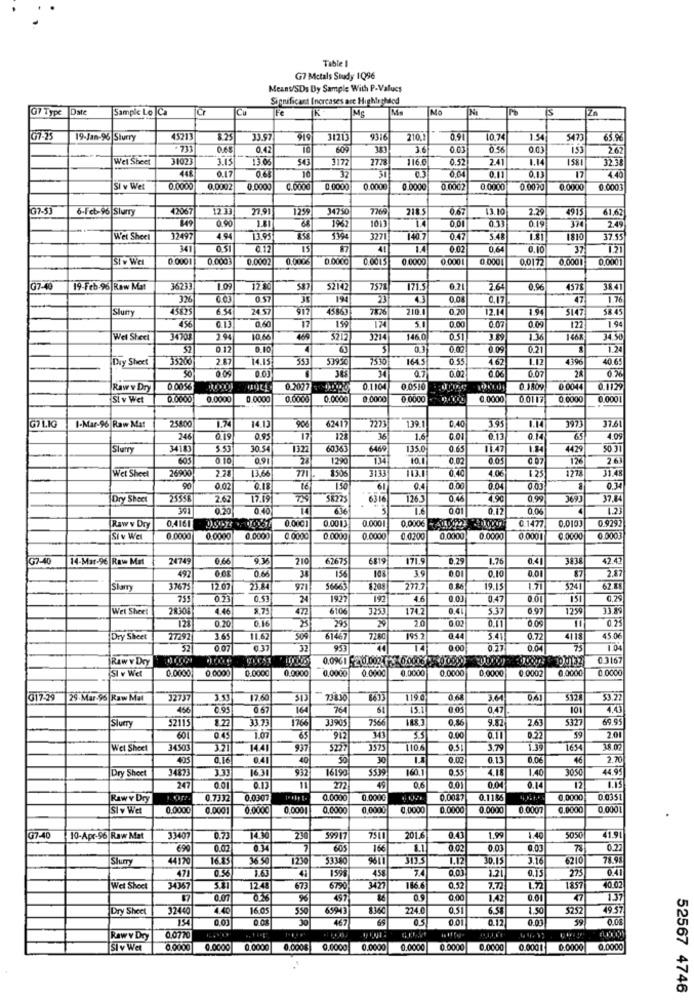
Table 1
G7 Metals Study 1Q96
Meant/SDs Dy Sample With P-Values
Significant Increases are Highestlod
07 Type
Date
Sampic Lo Ca
Cr
ME
NO
IS
Za
07-25
19-Jan-96 Slurry
45213
8.25
919
31213
9316
210,1
0.91
10.74
1.54
5473
65.9
0.68
0.42
TC
609
383
3.6
0.03
0.56
0.03
153
Wet Sheet
31023
3.13
1303
3177
116.0
0.52
2.41
1.14
1581
32.3
0.04
448
0.17
0.64
10
30
0.11
0.13
17
4.40
Si v Wet
0.0000
0,0002
0.0000
0.0000
0.0000
0.0000
0.0000
0.0002
3.0000
0.00 10
0.0000
0.0001
G7-5
6-Fct-96 Slurry
42067
233
1259
34750
7769
2185
6.67
13.10
2.29
4915
61,6;
149
0.90
68
1967
1011
14
001
0.19
314
2.45
Wet Sheet
2497
4.94
13.95
1394
3271
140 7
5.48
1.81
1810
371
341
0.51
0.12
15
87
41
1.4
0 02
0.64
6.10
37
1.21
St w Wet
0.0001
0.000
0.0002
0.000€
0.0000
0.0000
0.000
0.0001
0.0172
0.0001
0,000
G7-40
19-Feb-96 Raw Mat
16233
1.07
17 80
587
52142
7571
171.5
6.21
4378
38.41
326
0.03
194
23
433
0.08
0.17
47
1.76
Slurry
634
24 57
917
7876
210 1
0.20
12.14
1.94
5147
58.45
0.00
4%6
0.13
0.60
17
159
0.07
0.09
122
1.94
Wel Sheet
J4708
294
5212
146.0
031
1.36
1468
34.50
0 12
0.10
63
5
0.3
0.02
0.09
0.21
1.24
Dry Sheet
35200
2.87
14.15
5395℃
1645
055
4.62
1.12
40.65
50
0.02
0.09
Q.7
6.07
28
0.76
Raw v Dry
0 005%
03097
0110
0 0510
0 0044
0.1129
Si v Wet
0.0000
0.000
0,0000
0.0000
0.000€
@ 0000
0.0000
0.0000
00117
0 6000
0.0001
25800
906
"7271
3.95
37.61
G7 LIG
I-Mar-96 Raw Mat
1.74
14.13
62417
139.1
0.40
246
0.19
0.95
17
36
1.6
0.13
0.14
65
4.09
Slutr
34103
5.53
30 54
1322
60363
6469
135.0
0.65
1.8
4429
50 30
605
0.10
0.91
1290
134
10.0
0.02
0.05
@ 07
126
263
2.24
13.66
771
3133
1778
Wet Sheel
26900
4.06
1.25
90
0.02
61
0.4
0.00
0.04
0.00
0.34
Dry Sheet
2.62
17.19
126.
0.46
0,99
37.84
391
0.20
0.40
636
5
1.6
001
0.12
0.06
1.23
0.0001
0,000€
0.9297
(Raw v Dry
0,4161
0.0013
0 1477
0.010
Si v Wet
0.0000
0.0000
0.0000
6.0000
0.0000
0.0000
0.0200
0,0000
0.0000
0 0001
0.0000
0.000
G7-40
14-Mar-96 Raw Met
24749
210
67675
6819
171.9
0.29
1.76
0.41
424
156
108
0.01
0.10
2.87
492
0.60
38
3.9
87
Sharry
3267
12.07
23.24
971
$208
277.7
0.14
19.15
1.71
$241
62.88
735
0.23
0.53
1927
192
4.6
0.01
0.47
0,29
Wel Sheet
28303
4.46
8.75
472
6106
3251
1742
5.37
097
12:59
121
293
10
0.11
0.20
0.16
Dry Sheet
27292
365
11.65
509
61467
7280
195 2
0 44
0.72
4118
45.06
52
0 07
037
32
953
44
0.00
0.77
0.04
75
1.04
Raw v Dry
mest
0.0961 2 0.002. 13 00006 1700000)
0316
SI v Wet
0.0000
0.0000
0.0000
0.0000
0.0000
0.0000
0,0000
0.0000
0.0000
0.0002
6.0000
0.0000
017-29
29.Mar-96| Raw Mat
32737
17.60
119.0
0.68
3.64
0.61
$3.22
456
0.95
6.67
164
764
0 05
0.41
101
4.4
52115
8.22
33.73
1766
33905
7566
0,86
9.87
2.63
5327
69.95
601
1.07
912
35
0.00
0.27
59
2.01
Wet Sheet
34503
321
144
937
3373
110.6
3,79
1.39
1654
405
0.16
041
40
50
30
0.02
0.13
0.06
46
2.70
Dry Sheet
3.33
163
932
16190
3539
0.35
4.18
3050
44.95
247
0.01
0.13
272
49
0.6
0.01
0.04
0.14
12
Raw v Dry
0.7332
0.0007
0.0000
0.0000
0.0037
0.1186
0,0000
0.0351
Si v Wet
0.0000
0.000
0.0000
0,0001
0.000
0,0000
0,0000
0.0000
0.0000
0.0007
6.0000
0.0001
G7-40
10-Apr-96 Raw Mat
33407
0.71
14.30
230
5991
201.
0.43
1.99
1.40
5050
41.91
690
0.02
0.34
605
166
1.1.
0.02
0.00
0.00
78
0.2
Skry
44170
16.13
36.30
1.12
3.16
6210
0.56
1.63
41
1598
458
0,03
1.21
0.15
275
0.41
471
70.0
Wel Sheet
34357
12.48
673
6790
3427
186.6
0.52
7.72
1.72
1857
0.07
497
0.00
1.42
0.01
737
Dry Sheet
32440
4.40
16.05
550
6594
224.
0.51
6.58
1.50
3252
49.57
154
0.0
30
0.01
0.12
0.01
39
Rawy Dry
0.0770
Si v Wet
0.0000
0.0000
0 0000
0.0008
0.0000
0.0000
0.0000
0.0000
0.0000
0.0001
0.0000
0.0000
52567 4746